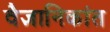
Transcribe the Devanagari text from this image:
वैज्ञानिकांत